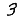
Digit: 3